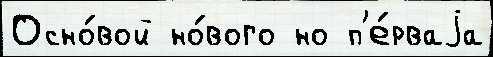
Осно́вой но́вого но п'е́рваjа